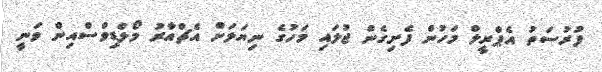
ފުރުސަތު އެޕްރީލް މަހުން ފެށިގެން ޖުލައި މަހުގެ ނިޔަލަށް އެޗްއާރު މޯލްޑިވްސްއިން ވަނީ